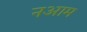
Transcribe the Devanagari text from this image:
नआम